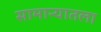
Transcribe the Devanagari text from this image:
सामान्यातला